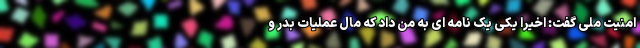
امنیت ملی گفت: اخیرا یکی یک نامه ای به من داد که مال عملیات بدر و